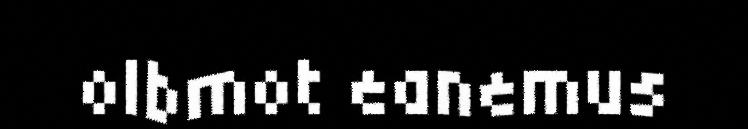
olbmot eanemus